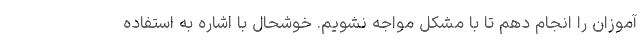
آموزان را انجام دهم تا با مشکل مواجه نشویم. خوشحال با اشاره به استفاده